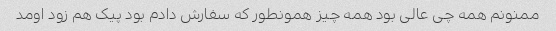
ممنونم همه چی عالی بود همه چیز همونطور که سفارش دادم بود پیک هم زود اومد